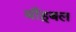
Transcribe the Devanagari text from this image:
बाँहूबल